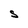
Character: s